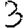
Digit: 3